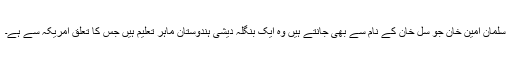
سلمان امین خان جو سل خان کے نام سے بھی جانتے ہیں وہ ایک بنگلہ دیشی ہندوستان ماہر تعلیم ہیں جس کا تعلق امریکہ سے ہے۔